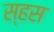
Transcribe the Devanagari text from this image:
स्हस